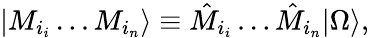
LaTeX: |M_{i_{i}}\dots M_{i_{n}}\rangle\equiv\hat{M}_{i_{i}}\dots\hat{M}_{i_{n}}|\Omega\rangle,